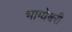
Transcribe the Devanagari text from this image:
भाग्येश्वरी